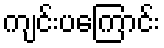
ကျင်းပကြောင်း